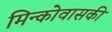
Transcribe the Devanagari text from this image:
मिन्कोवासकी